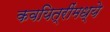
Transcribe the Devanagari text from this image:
कवयित्रींमध्ये